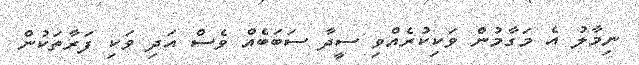
ނިމާލު އެ މަގާމުން ވަކިކުރެއްވި ސީދާ ސަބަބެއް ވެސް އަދި ވަކި ފަރާތަކުން